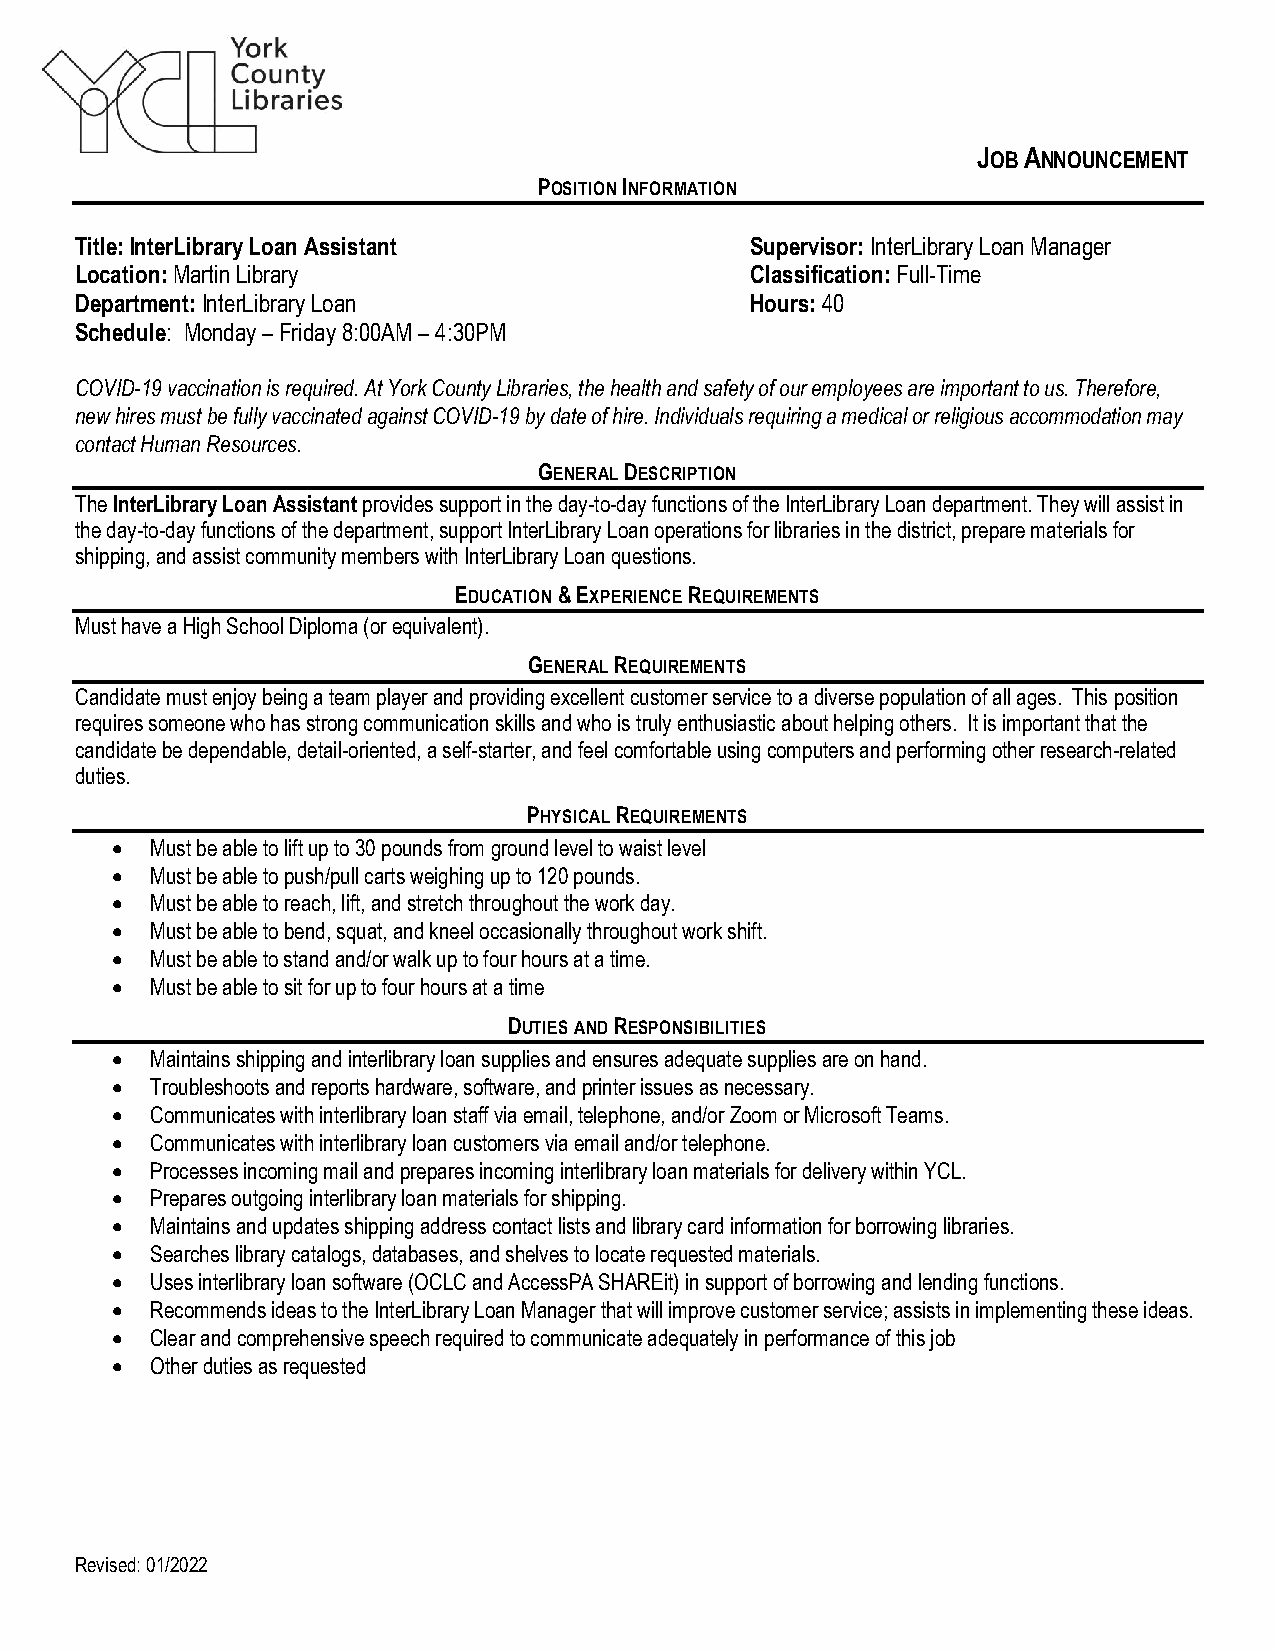
JOB ANNOUNCEMENT
 POSITION INFORMATION
 Title: InterLibrary Loan Assistant           Supervisor: InterLibrary Loan Manager
 Location: Martin Library                     Classification: Full-Time
 Department: InterLibrary Loan                Hours: 40
 Schedule: Monday – Friday 8:00AM – 4:30PM
 COVID-19 vaccination is required. At York County Libraries, the health and safety of our employees are important to us. Therefore,
 new hires must be fully vaccinated against COVID-19 by date of hire. Individuals requiring a medical or religious accommodation may
 contact Human Resources.
 GENERAL DESCRIPTION
 The InterLibrary Loan Assistant provides support in the day-to-day functions of the InterLibrary Loan department. They will assist in
 the day-to-day functions of the department, support InterLibrary Loan operations for libraries in the district, prepare materials for
 shipping, and assist community members with InterLibrary Loan questions.
 EDUCATION & EXPERIENCE REQUIREMENTS
 Must have a High School Diploma (or equivalent).
 GENERAL REQUIREMENTS
 Candidate must enjoy being a team player and providing excellent customer service to a diverse population of all ages. This position
 requires someone who has strong communication skills and who is truly enthusiastic about helping others. It is important that the
 candidate be dependable, detail-oriented, a self-starter, and feel comfortable using computers and performing other research-related
 duties.
 PHYSICAL REQUIREMENTS
 •  Must be able to lift up to 30 pounds from ground level to waist level
 •  Must be able to push/pull carts weighing up to 120 pounds.
 •  Must be able to reach, lift, and stretch throughout the work day.
 •  Must be able to bend, squat, and kneel occasionally throughout work shift.
 •  Must be able to stand and/or walk up to four hours at a time.
 •  Must be able to sit for up to four hours at a time
 DUTIES AND RESPONSIBILITIES
 •  Maintains shipping and interlibrary loan supplies and ensures adequate supplies are on hand.
 •  Troubleshoots and reports hardware, software, and printer issues as necessary.
 •  Communicates with interlibrary loan staff via email, telephone, and/or Zoom or Microsoft Teams.
 •  Communicates with interlibrary loan customers via email and/or telephone.
 •  Processes incoming mail and prepares incoming interlibrary loan materials for delivery within YCL.
 •  Prepares outgoing interlibrary loan materials for shipping.
 •  Maintains and updates shipping address contact lists and library card information for borrowing libraries.
 •  Searches library catalogs, databases, and shelves to locate requested materials.
 •  Uses interlibrary loan software (OCLC and AccessPA SHAREit) in support of borrowing and lending functions.
 •  Recommends ideas to the InterLibrary Loan Manager that will improve customer service; assists in implementing these ideas.
 •  Clear and comprehensive speech required to communicate adequately in performance of this job
 •  Other duties as requested
 Revised: 01/2022